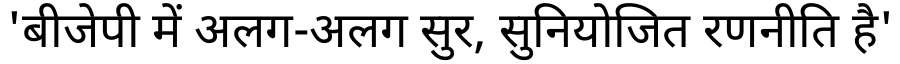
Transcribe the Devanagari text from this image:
'बीजेपी में अलग-अलग सुर, सुनियोजित रणनीति है'